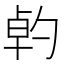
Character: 𠣳